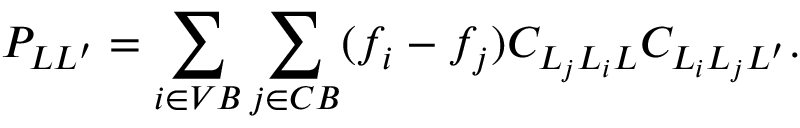
P _ { L L ^ { \prime } } = \sum _ { i \in V B } \sum _ { j \in C B } ( f _ { i } - f _ { j } ) C _ { L _ { j } L _ { i } L } C _ { L _ { i } L _ { j } L ^ { \prime } } .